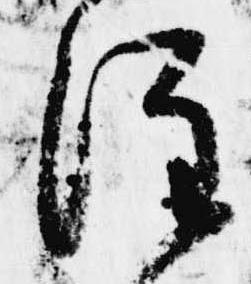
注